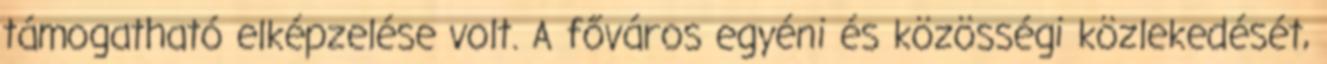
támogatható elképzelése volt. A főváros egyéni és közösségi közlekedését,